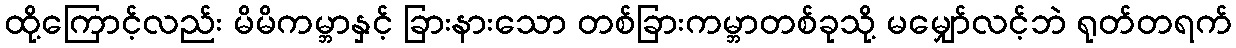
ထို့ကြောင့်လည်း မိမိကမ္ဘာနှင့် ခြားနားသော တစ်ခြားကမ္ဘာတစ်ခုသို့ မမျှော်လင့်ဘဲ ရုတ်တရက်